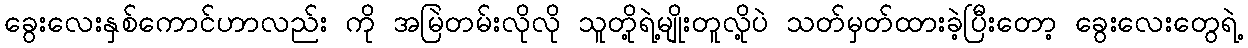
ခွေးလေးနှစ်ကောင်ဟာလည်း ကို အမြဲတမ်းလိုလို သူတို့ရဲ့မျိုးတူလို့ပဲ သတ်မှတ်ထားခဲ့ပြီးတော့ ခွေးလေးတွေရဲ့